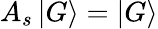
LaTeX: A_{s}\mathinner{|{G}\rangle}=\mathinner{|{G}\rangle}